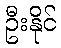
ဦးနိုင်